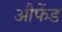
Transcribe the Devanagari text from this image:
औफेंड